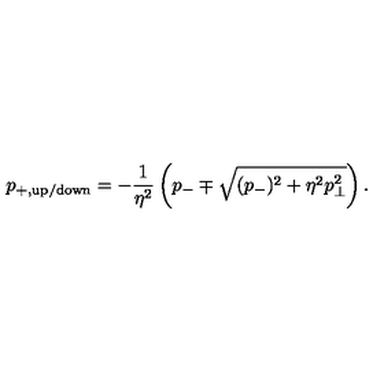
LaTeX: p _ { + , \mathrm { u p / d o w n } } = - \frac { 1 } { \eta ^ { 2 } } \left( p _ { - } \mp \sqrt { ( p _ { - } ) ^ { 2 } + \eta ^ { 2 } p _ { \bot } ^ { 2 } } \right) .